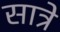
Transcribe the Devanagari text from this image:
सात्रे